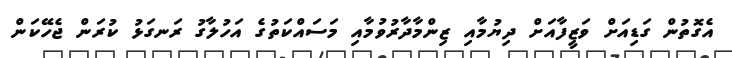
އެގޮތުން ގަޑިއަށް ވަޒީފާއަށް ދިޔުމާއި ޒިންމާދާރުވުމާއި މަސައްކަތުގެ އަހުލާގު ރަނގަޅު ކުރަން ޖެހޭކަން